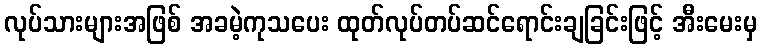
လုပ်သားများအဖြစ် အခမဲ့ကုသပေး ထုတ်လုပ်တပ်ဆင်ရောင်းချခြင်းဖြင့် အီးမေးမှ